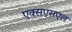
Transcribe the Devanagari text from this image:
एक्सएसएल